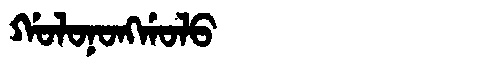
Manchu: ᡤᠣᠯᠣᠨᠣᠩᡤᠣᠯᠣ
Romanization: GOLONONGGOLO